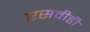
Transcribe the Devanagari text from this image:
एसवीडी